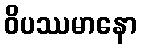
ဝိပဿမာနော